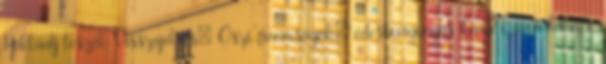
Péklány leszek Visszajelzés: Őszi finomságok: édesburgonyás kenyér, füge lekvár,